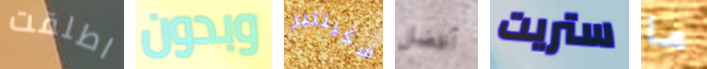
اطلقت وبدون سكيننير أفضل ستريت ما